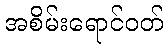
အစိမ်းရောင်ဝတ်